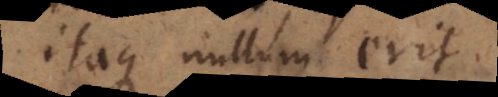
itaque nullum erit